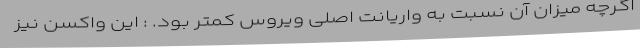
اگرچه میزان آن نسبت به واریانت اصلی ویروس کمتر بود. : این واکسن نیز